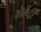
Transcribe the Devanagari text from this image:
भेहेंद्री